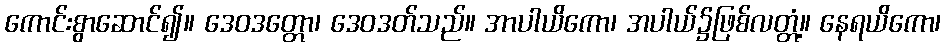
ကောင်းစွာဆောင်၍။ ဒေဝဒတ္တော၊ ဒေဝဒတ်သည်။ အာပါယိကော၊ အပါယ်၌ဖြစ်လတ္တံ့။ နေရယိကော၊